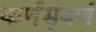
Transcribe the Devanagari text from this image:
कर्णसुबर्ण